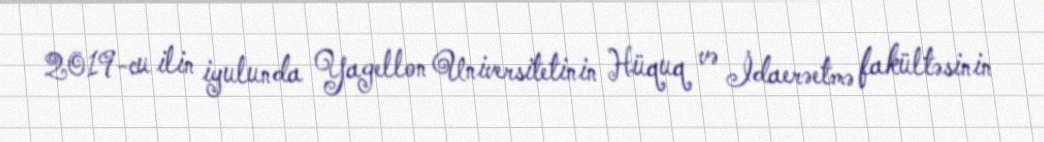
2019-cu ilin iyulunda Yagellon Universitetinin Hüquq və İdaerəetmə fakültəsinin